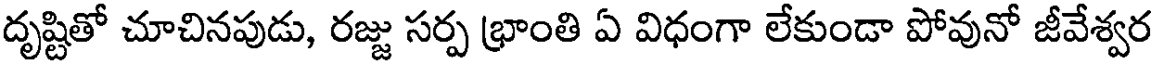
దృష్టితో చూచినపుడు, రజ్జు సర్ప భ్రాంతి ఏ విధంగా లేకుండా పోవునో జీవేశ్వర